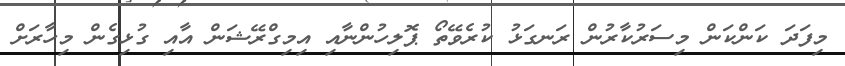
މިފަދަ ކަންކަން މިސަރުކާރުން ރަނގަޅު ކުރެވޭތޯ ޕޮލިހުންނާއި އިމިގްރޭޝަން އާއި ގުޅިގެން މިހާރަށް